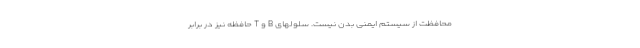
محافظت از سیستم ایمنی بدن نیست. سلولهای B و T حافظه نیز در برابر